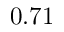
0 . 7 1